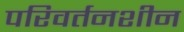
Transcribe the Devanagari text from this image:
परिवर्तनशीन